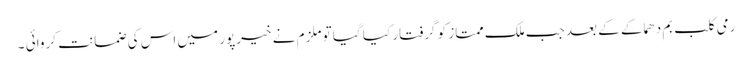
رمی کلب بم دھماکے کے بعد جب ملک ممتاز کو گرفتار کیا گیا تو ملزم نے خیرپور میں اس کی ضمانت کروائی ۔